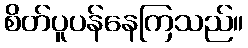
စိတ်ပူပန်နေကြသည်။